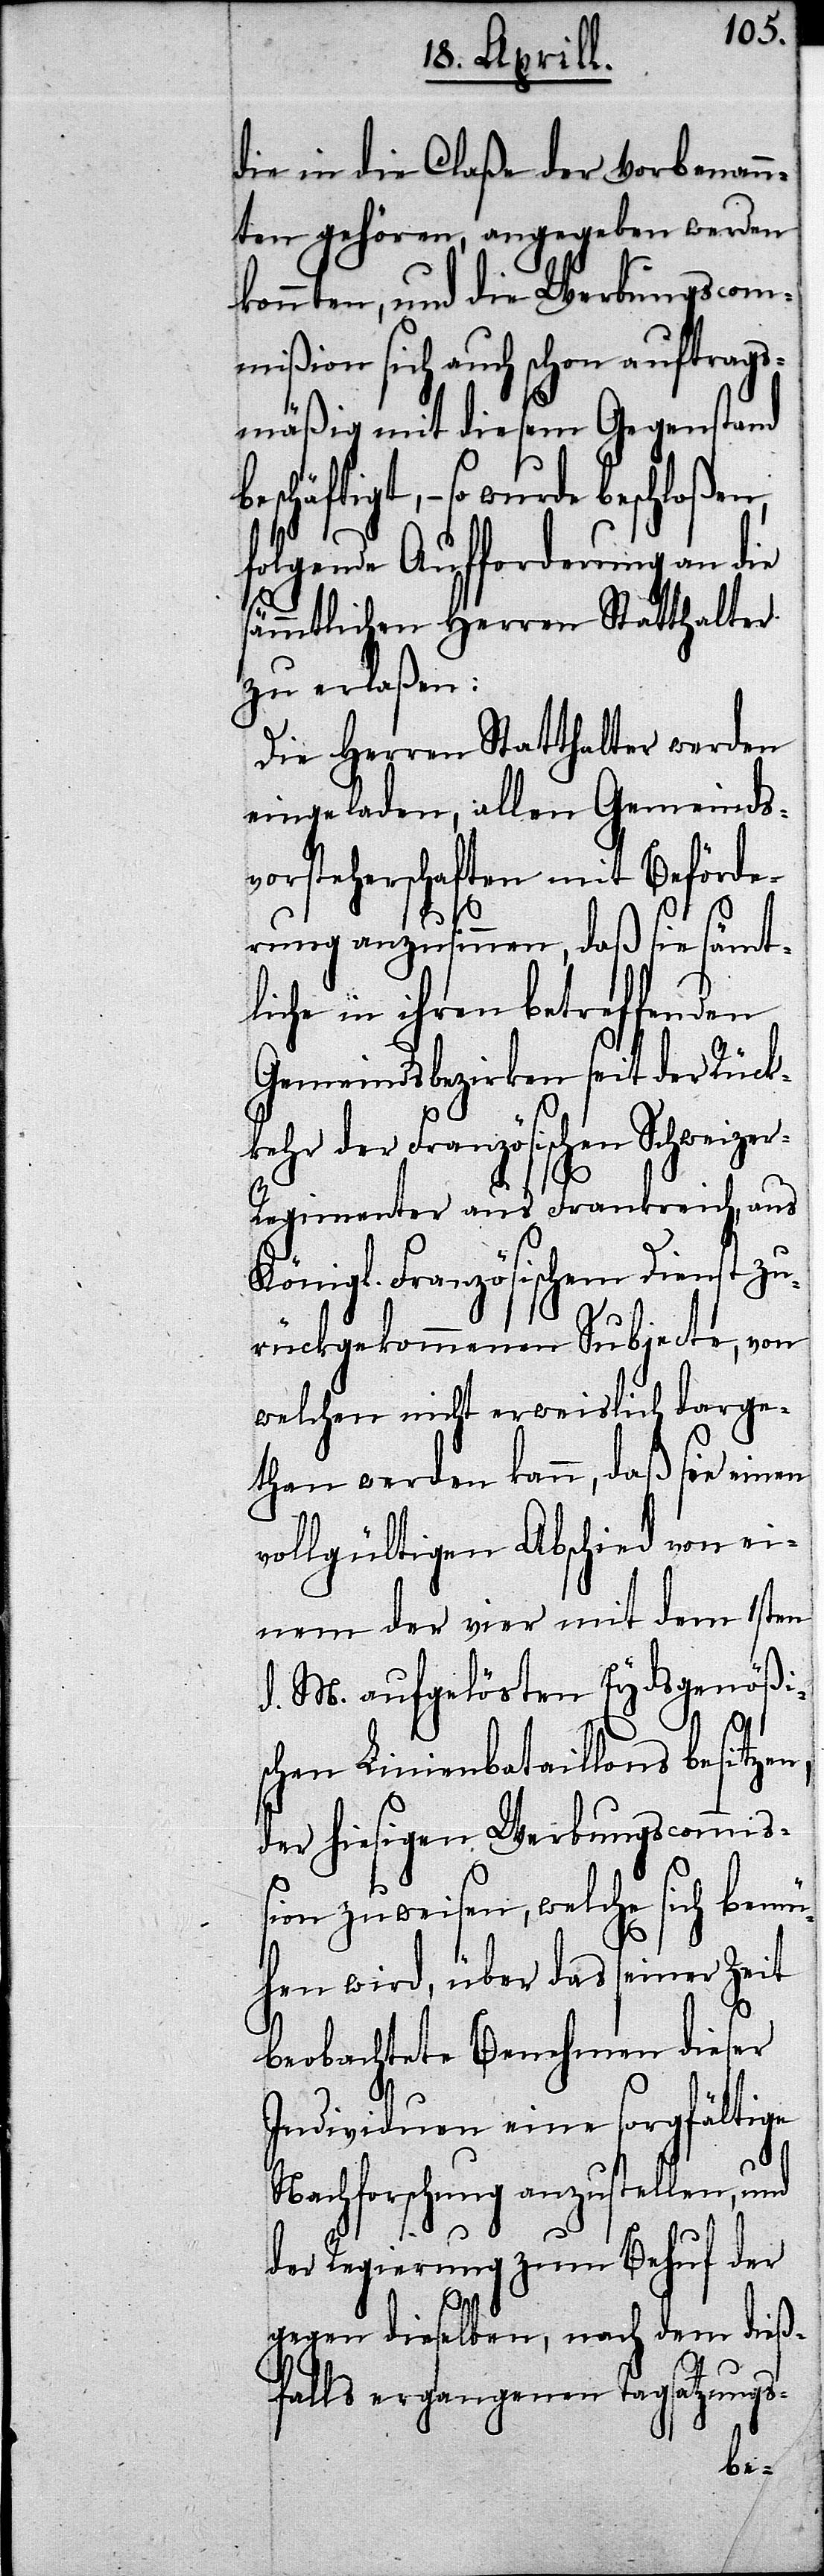
die in die Claße der Vorbenann¬
ten gehören, angegeben werden
konnten, und die Werbungscom¬
mißion sich auch schon auftrags¬
mäßig mit diesem Gegenstand
häftigt,– so wurde beschloßen,
folgende Aufforderung an die
sämmtlichen Herren Statthalter
zu erlaßen:
Die Herren Statthalter werden
eingeladen, allen Gemeinds¬
vorsteherschaften mit Beförde¬
rung anzusinnen, daß sie sämt¬
liche in ihren betreffenden
Gemeindsbezirken seit der Rüc¬
kehr der Französischen Schweize¬
r-Regimenter aus Frankreich, a¬
Königl. Französischem D¬
rückgekommenen Subjecte,
welchen nicht erweislich darge¬
than werden kann, daß sie ei¬
vollgültigen Abschied von ei¬
1sten
nem der vier mit
d. M. aufgelösten Eydsgenö¬
n,
zu¬
schen Linienbataillons besitze¬
der hiesigen Werbungscommiß¬
ion zuweisen, welche sich bemü¬
hen wird, über das seiner Zeit
beobachtete Benehmen dieser
Individuen eine sorgfältige
Nachforschung anzustellen, und
der Regierung zum Behuf der
gegen dieselben, nach dem dieß¬
falls ergangenen Tagsatzungs-
besc¬